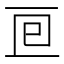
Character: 𠄢